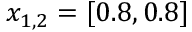
x _ { 1 , 2 } = [ 0 . 8 , 0 . 8 ]